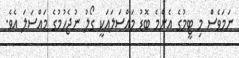
ނަމަވެސް މި ޓީމުގެ އެންމެ ބޮޑު މައްސަލައަކީ ގޯލު ނުޖެހުމުގެ މައްސަލަ އެވެ.